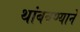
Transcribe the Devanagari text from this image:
थांबवण्याने